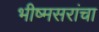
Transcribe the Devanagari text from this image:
भीष्मसरांचा